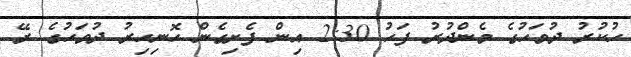
ހުކުރު ދުވަހުގެ މެންދުރު ފަހު 2:30 އިން ފެށިގެން ހޮނިހިރު ދުވަހުގެ ރޭ